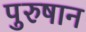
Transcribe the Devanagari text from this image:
पुरुषान